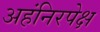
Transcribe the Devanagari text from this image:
अहंनिरपेक्ष